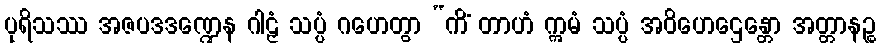
ပုရိသဿ အဇပဒဒဏ္ဍေန ဂါဠှံ သပ္ပံ ဂဟေတွာ “ကိံ တာဟံ ဣမံ သပ္ပံ အဝိဟေဌေန္တော အတ္တာနဉ္စ